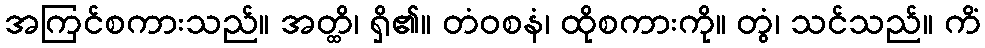
အကြင်စကားသည်။ အတ္ထိ၊ ရှိ၏။ တံဝစနံ၊ ထိုစကားကို။ တွံ၊ သင်သည်။ ကိံ